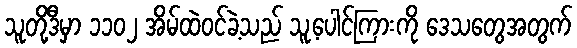
သူတို့ဒီမှာ ၁၁၀၂ အိမ်ထဲဝင်ခဲ့သည် သူ့ပေါင်ကြားကို ဒေသတွေအတွက်